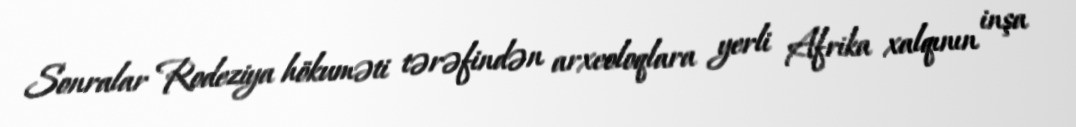
Sonralar Rodeziya hökuməti tərəfindən arxeoloqlara yerli Afrika xalqının inşa